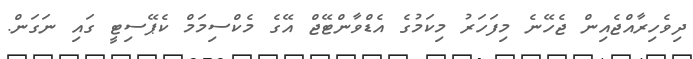
ދިވެހިރާއްޖެއިން ޖެހޭނެ މިފަހަރު މިކަމުގެ އެޑްވާންޓޭޖް އޭގެ މެކްސިމަމް ކެޕޭސިޓީ ގައި ނަގަން.